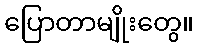
ပြောတာမျိုးတွေ။